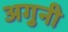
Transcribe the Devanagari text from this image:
अगुनी